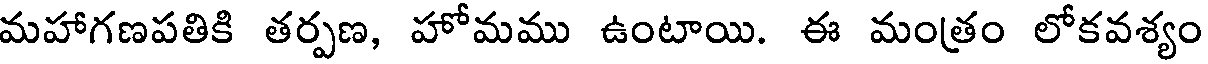
మహాగణపతికి తర్పణ, హోమము ఉంటాయి. ఈ మంత్రం లోకవశ్యం